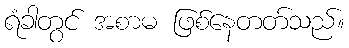
ရံခါတွင် အစာမ ဖြစ်နေတတ်သည်။